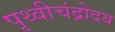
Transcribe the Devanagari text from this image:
पृथ्वीचंद्रोदय